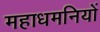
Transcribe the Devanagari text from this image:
महाधमनियों